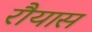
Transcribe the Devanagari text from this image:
रौयास